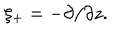
\xi _ { + } = - \partial / \partial z .